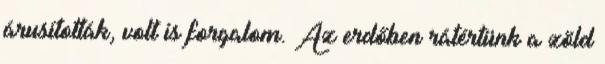
árusították, volt is forgalom. Az erdőben rátértünk a zöld